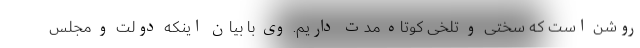
روشن است که سختی و تلخی کوتاه مدت داریم. وی با بیان اینکه دولت و مجلس